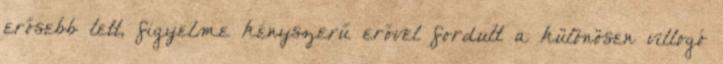
erősebb lett, figyelme kényszerű erővel fordult a különösen villogó